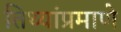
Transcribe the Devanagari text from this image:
तिथ्यांप्रमाणे